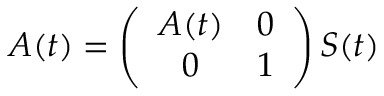
{ \cal A } ( t ) = \left( \begin{array} { c c } { { A ( t ) } } & { { 0 } } \\ { { 0 } } & { { 1 } } \end{array} \right) S ( t )